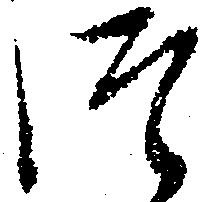
つ